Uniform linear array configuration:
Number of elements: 48
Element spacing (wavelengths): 0.5
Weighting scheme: kaiser
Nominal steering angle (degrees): -30
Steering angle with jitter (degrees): -28.064
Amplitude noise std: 0.05
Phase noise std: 0.05

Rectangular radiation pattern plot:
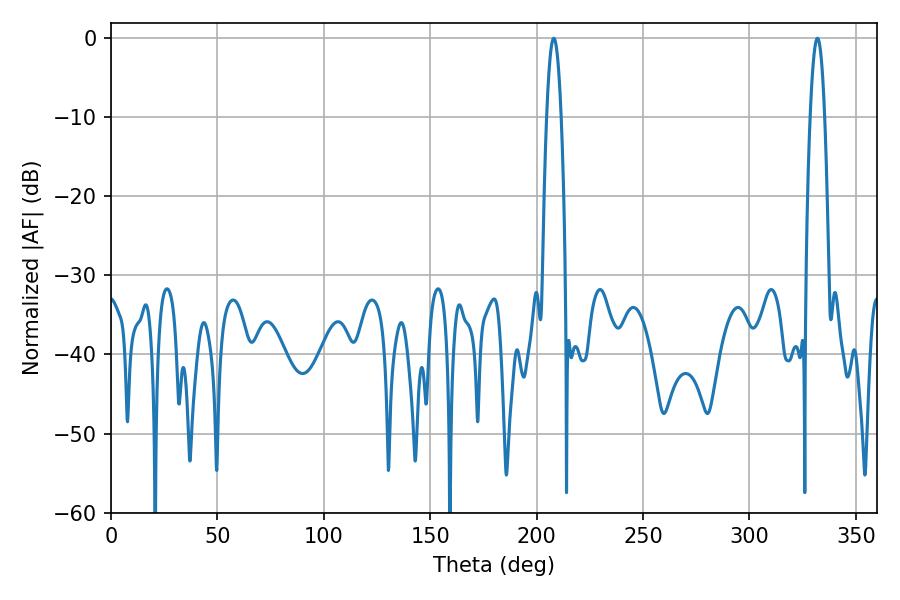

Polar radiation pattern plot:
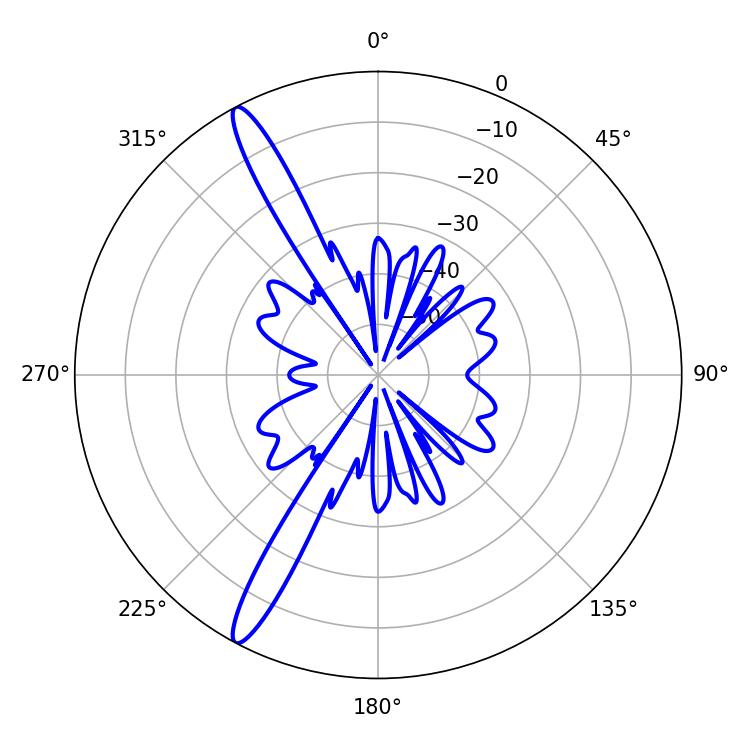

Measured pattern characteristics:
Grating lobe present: FALSE
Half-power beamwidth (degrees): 3.6
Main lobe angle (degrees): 208.08